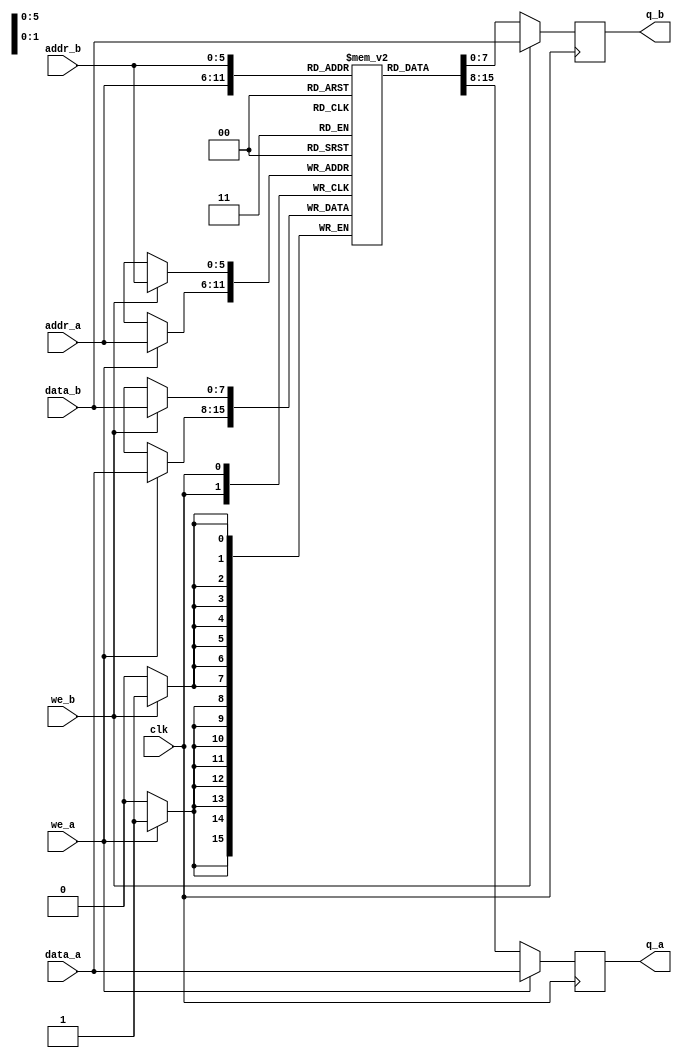
module mem_dp
#(parameter DATA_WIDTH=8, parameter ADDR_WIDTH=6)
(
	input [(DATA_WIDTH-1):0] data_a, data_b,
	input [(ADDR_WIDTH-1):0] addr_a, addr_b,
	input we_a, we_b, clk,
	output reg [(DATA_WIDTH-1):0] q_a, q_b
);

	// Declare the RAM variable
	reg [DATA_WIDTH-1:0] ram[2**ADDR_WIDTH-1:0];

	// Port A 
	always @ (posedge clk)
	begin
		if (we_a) 
		begin
			ram[addr_a] <= data_a;
			q_a <= data_a;
		end
		else 
		begin
			q_a <= ram[addr_a];
		end 
	end 

	// Port B 
	always @ (posedge clk)
	begin
		if (we_b) 
		begin
			ram[addr_b] <= data_b;
			q_b <= data_b;
		end
		else 
		begin
			q_b <= ram[addr_b];
		end 
	end

endmodule